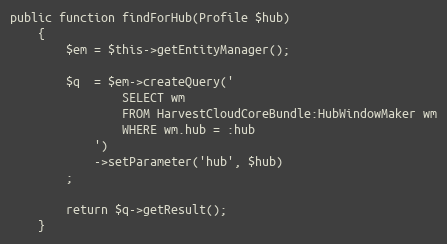
Language: PHP
public function findForHub(Profile $hub)
    {
        $em = $this->getEntityManager();

        $q  = $em->createQuery('
                SELECT wm
                FROM HarvestCloudCoreBundle:HubWindowMaker wm
                WHERE wm.hub = :hub
            ')
            ->setParameter('hub', $hub)
        ;

        return $q->getResult();
    }